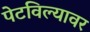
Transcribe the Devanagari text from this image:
पेटविल्यावर